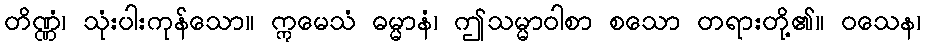
တိဏ္ဏံ၊ သုံးပါးကုန်သော။ ဣမေသံ ဓမ္မာနံ၊ ဤသမ္မာဝါစာ စသော တရားတို့၏။ ဝသေန၊